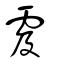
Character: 雭